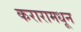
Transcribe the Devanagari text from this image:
करारामधून